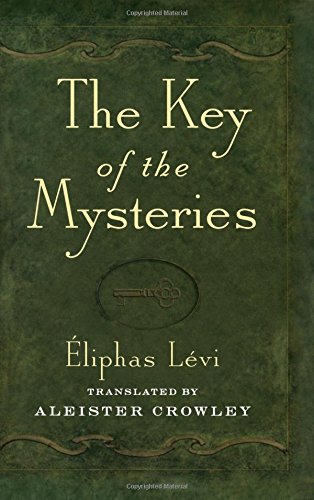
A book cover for The Key of the Mysteries; Eliphas Levi; Religion & Spirituality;